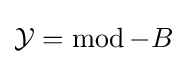
{\mathcal {Y}}=\operatorname {mod} -B